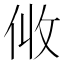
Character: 𠈅